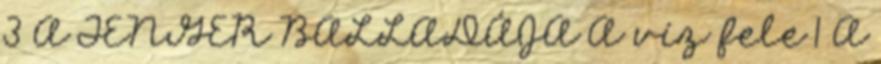
3 A TENGER BALLADÁJA A víz fele 1 A